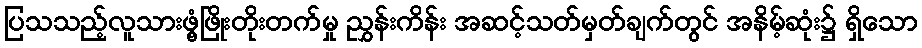
ပြသသည့်လူသားဖွံ့ဖြိုးတိုးတက်မှု ညွှန်းကိန်း အဆင့်သတ်မှတ်ချက်တွင် အနိမ့်ဆုံး၌ ရှိသော